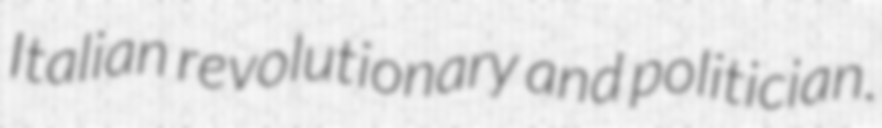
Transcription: Italian revolutionary and politician.